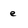
Character: e